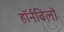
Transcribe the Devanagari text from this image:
हॉर्नबिलों